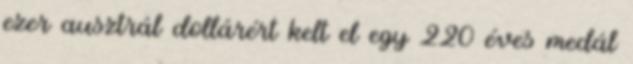
ezer ausztrál dollárért kelt el egy 220 éves medál